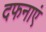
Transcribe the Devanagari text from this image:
दफनाएं